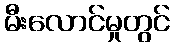
မီးလောင်မှုတွင်